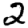
Digit: 2